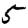
Digit: 5